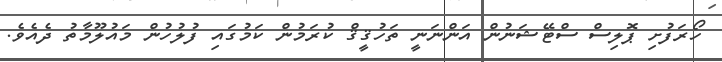
ހޯރަފުށި ޕޮލިސް ސްޓޭޝަނުން އަންނަނީ ތަހުޤީޤް ކުރަމުން ކަމުގައި ފުލުހުން މައުލޫމާތު ދެއެވެ.